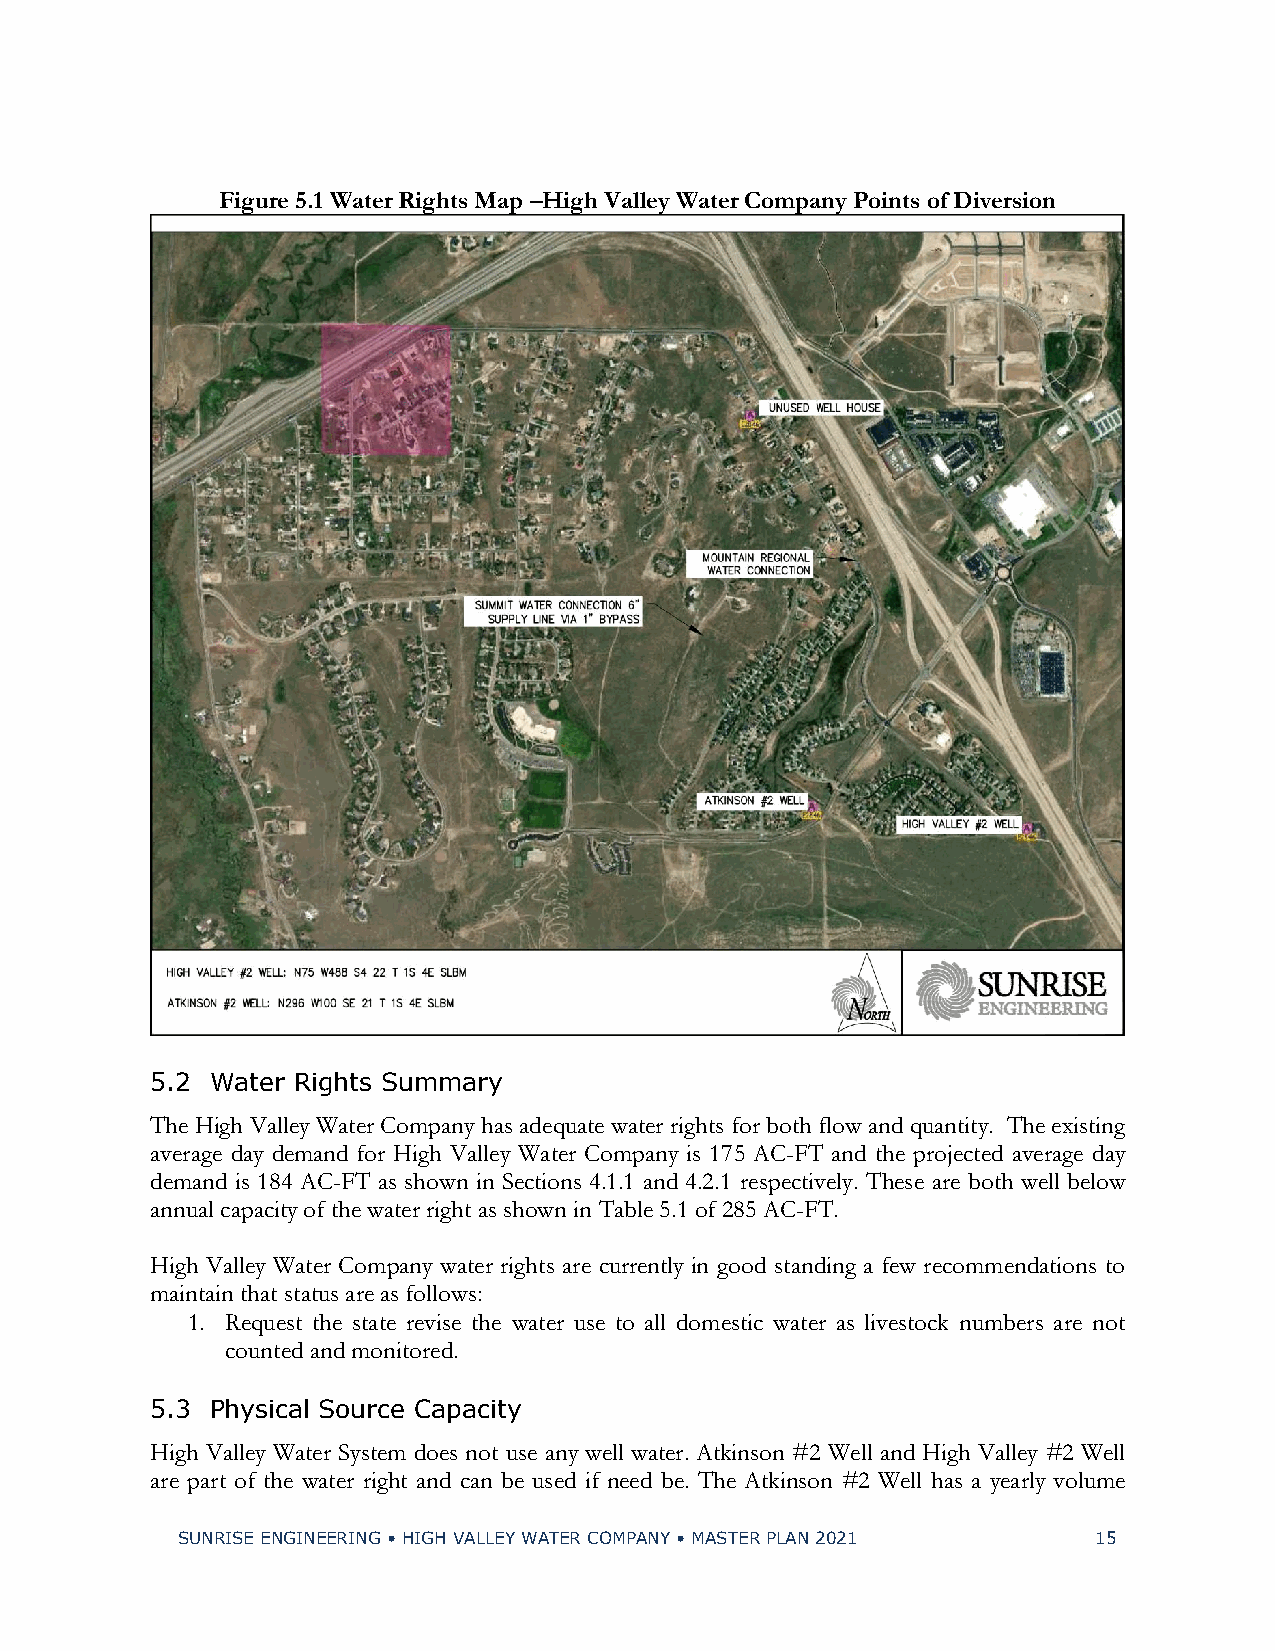
Figure 5.1 Water Rights Map –High Valley Water Company Points of Diversion
 5.2 Water Rights Summary
 The High Valley Water Company has adequate water rights for both flow and quantity. The existing
 average day demand for High Valley Water Company is 175 AC-FT and the projected average day
 demand is 184 AC-FT as shown in Sections 4.1.1 and 4.2.1 respectively. These are both well below
 annual capacity of the water right as shown in Table 5.1 of 285 AC-FT.
 High Valley Water Company water rights are currently in good standing a few recommendations to
 maintain that status are as follows:
 1. Request the state revise the water use to all domestic water as livestock numbers are not
 counted and monitored.
 5.3 Physical Source Capacity
 High Valley Water System does not use any well water. Atkinson #2 Well and High Valley #2 Well
 are part of the water right and can be used if need be. The Atkinson #2 Well has a yearly volume
 SUNRISE ENGINEERING • HIGH VALLEY WATER COMPANY • MASTER PLAN 2021 15